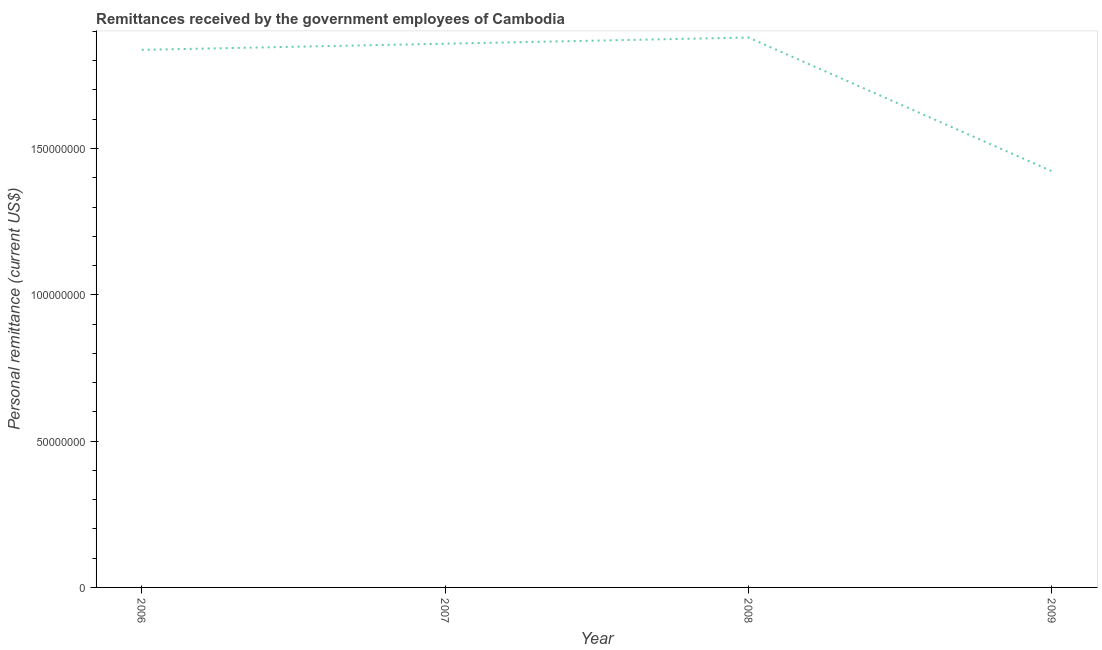
| Year | Personal remittances |
 | --- | --- |
 | 2006 | 1.84e+08 |
 | 2007 | 1.86e+08 |
 | 2008 | 1.88e+08 |
 | 2009 | 1.42e+08 |